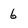
Character: 6